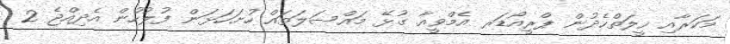
މަކަރާއި ހީލަތްހެދުން ޕްރީއޯޑަރ އެމްވީއާ ގުޅޭ މައްސަލަތައް ހުށަހަޅަން ފުލުހުން އެދިއްޖެ 2